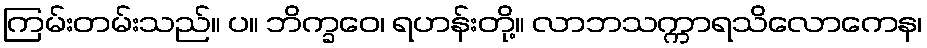
ကြမ်းတမ်းသည်။ ပ။ ဘိက္ခဝေ၊ ရဟန်းတို့။ လာဘသက္ကာရသိလောကေန၊